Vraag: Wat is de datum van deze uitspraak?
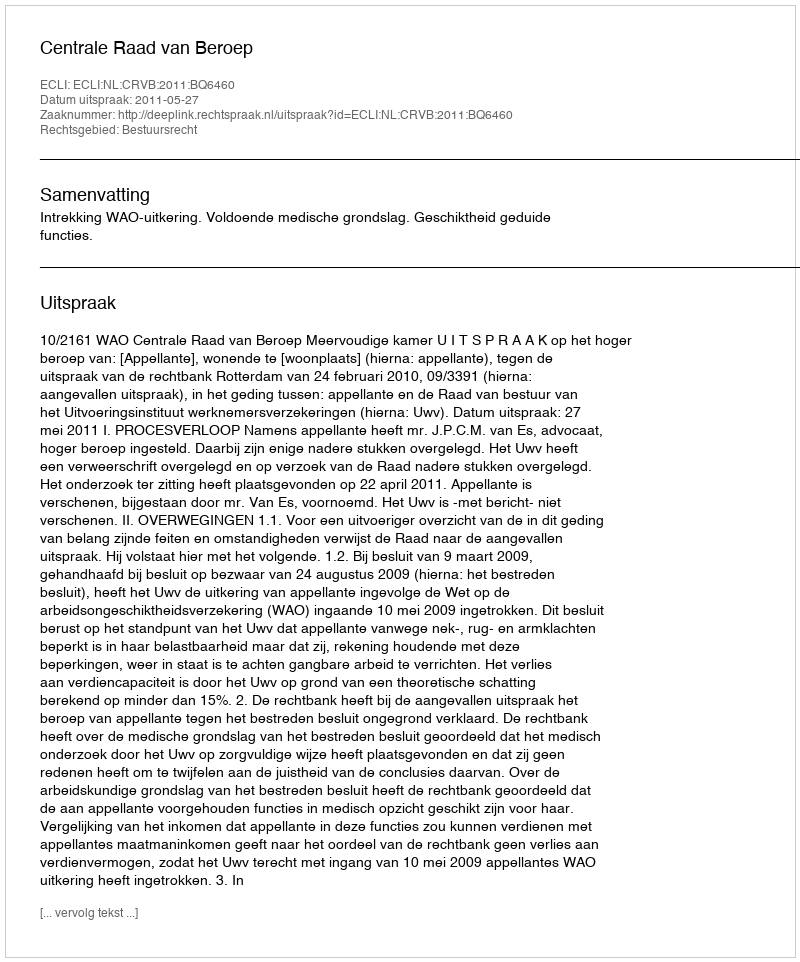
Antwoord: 2011-05-27